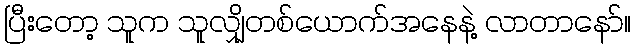
ပြီးတော့ သူက သူလျှိုတစ်ယောက်အနေနဲ့ လာတာနော်။